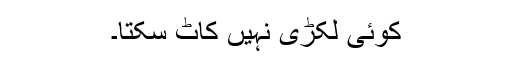
کوئی لکڑی نہیں کاٹ سکتا۔